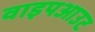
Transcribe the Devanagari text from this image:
वाइपआउट